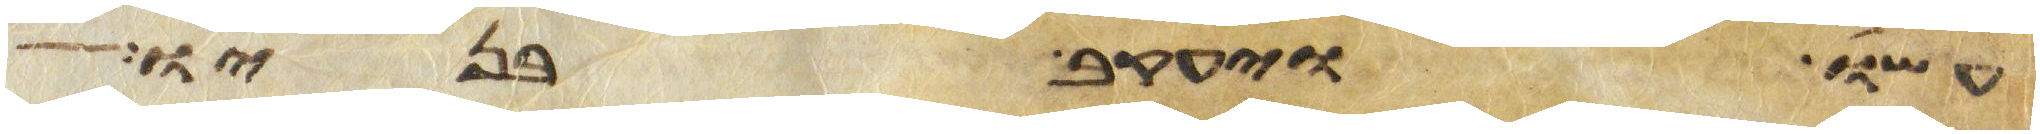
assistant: עשו ויעקב בניו